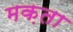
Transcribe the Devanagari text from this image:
मक़ता